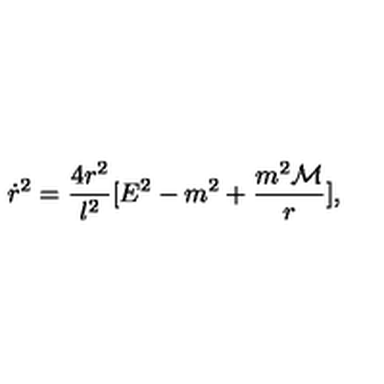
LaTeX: \dot { r } ^ { 2 } = \frac { 4 r ^ { 2 } } { l ^ { 2 } } [ E ^ { 2 } - m ^ { 2 } + \frac { m ^ { 2 } { \cal M } } { r } ] ,